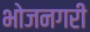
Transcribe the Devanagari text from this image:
भोजनगरी